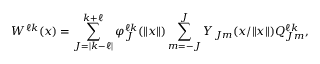
{ W } ^ { \ell k } ( { x } ) = \sum _ { J = | k - \ell | } ^ { k + \ell } \varphi _ { J } ^ { \ell k } ( \| { x } \| ) \sum _ { m = - J } ^ { J } Y _ { J m } ( { x } / \| { x } \| ) { Q } _ { J m } ^ { \ell k } ,